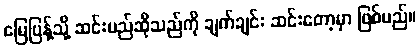
မြေပြန့်သို့ ဆင်းမည်ဆိုသည်ကို ချက်ချင်း ဆင်းတော့မှာ ဖြစ်မည်။